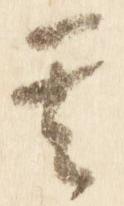
其